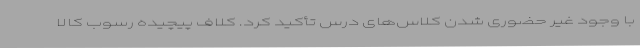
با وجود غیر حضوری شدن کلاس‌های درس تأکید کرد. کلاف پیچیده رسوب کالا